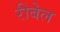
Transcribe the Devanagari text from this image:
रीबेल